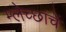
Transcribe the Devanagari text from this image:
म्लेच्छांचें